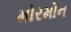
મોરમોન